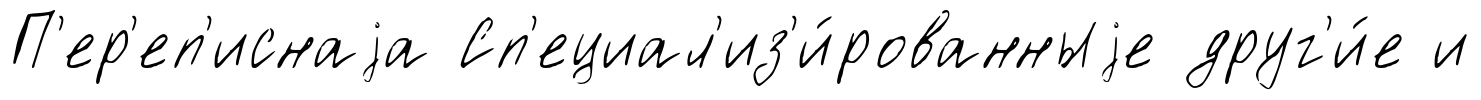
П'ер'еп'иснаjа Сп'ециал'из'и́рованныjе друг'и́е и